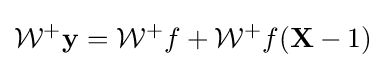
{\cal {W^{+}}}{\bf {y}}={\cal {W^{+}}}f+{\cal {W^{+}}}{f({\bf {X}}-1)}